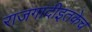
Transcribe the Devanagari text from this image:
राजगादीइतकेच